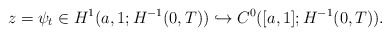
\begin{align*}\displaystyle z=\psi_{t}\in H^1(a,1;H^{-1}(0,T))\hookrightarrow C^0([a,1];H^{-1}(0,T)).\end{align*}